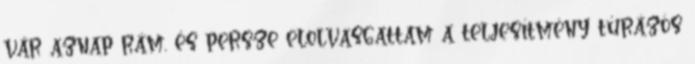
vár aznap rám, és persze elolvasgattam a teljesítmény túrázós